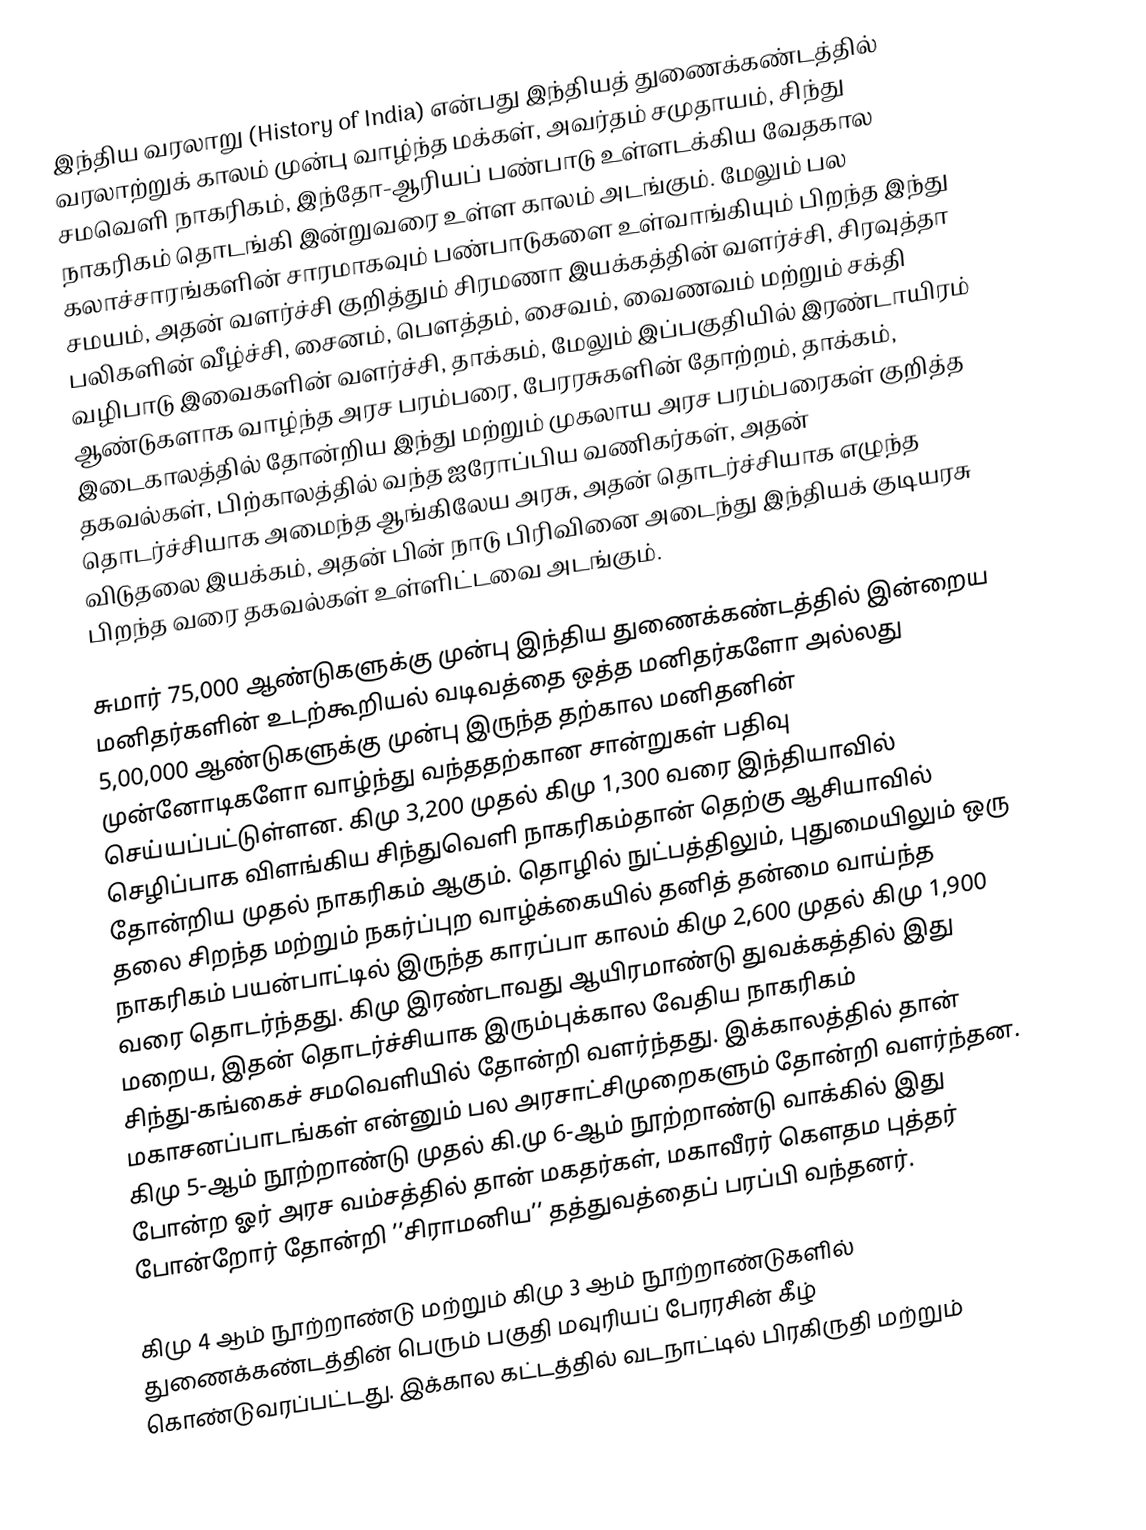
இந்திய வரலாறு (History of India) என்பது இந்தியத் துணைக்கண்டத்தில் வரலாற்றுக் காலம் முன்பு வாழ்ந்த மக்கள், அவர்தம் சமுதாயம், சிந்து சமவெளி நாகரிகம், இந்தோ-ஆரியப் பண்பாடு உள்ளடக்கிய வேதகால நாகரிகம் தொடங்கி இன்றுவரை உள்ள காலம் அடங்கும். மேலும் பல கலாச்சாரங்களின் சாரமாகவும் பண்பாடுகளை உள்வாங்கியும் பிறந்த இந்து சமயம், அதன் வளர்ச்சி குறித்தும் சிரமணா இயக்கத்தின் வளர்ச்சி, சிரவுத்தா பலிகளின் வீழ்ச்சி, சைனம், பௌத்தம், சைவம், வைணவம் மற்றும் சக்தி வழிபாடு இவைகளின் வளர்ச்சி, தாக்கம், மேலும் இப்பகுதியில் இரண்டாயிரம் ஆண்டுகளாக வாழ்ந்த அரச பரம்பரை, பேரரசுகளின் தோற்றம், தாக்கம், இடைகாலத்தில் தோன்றிய இந்து மற்றும் முகலாய அரச பரம்பரைகள் குறித்த தகவல்கள், பிற்காலத்தில் வந்த ஐரோப்பிய வணிகர்கள், அதன் தொடர்ச்சியாக அமைந்த ஆங்கிலேய அரசு, அதன் தொடர்ச்சியாக எழுந்த விடுதலை இயக்கம், அதன் பின் நாடு பிரிவினை அடைந்து இந்தியக் குடியரசு பிறந்த வரை தகவல்கள் உள்ளிட்டவை அடங்கும்.

சுமார் 75,000 ஆண்டுகளுக்கு முன்பு இந்திய துணைக்கண்டத்தில் இன்றைய மனிதர்களின் உடற்கூறியல் வடிவத்தை ஒத்த மனிதர்களோ அல்லது 5,00,000 ஆண்டுகளுக்கு முன்பு இருந்த தற்கால மனிதனின் முன்னோடிகளோ வாழ்ந்து  வந்ததற்கான சான்றுகள் பதிவு செய்யப்பட்டுள்ளன. கிமு 3,200 முதல் கிமு 1,300 வரை இந்தியாவில் செழிப்பாக விளங்கிய சிந்துவெளி நாகரிகம்தான் தெற்கு ஆசியாவில்  தோன்றிய முதல் நாகரிகம் ஆகும். தொழில் நுட்பத்திலும், புதுமையிலும் ஒரு தலை சிறந்த மற்றும் நகர்ப்புற வாழ்க்கையில் தனித் தன்மை வாய்ந்த நாகரிகம் பயன்பாட்டில் இருந்த காரப்பா காலம் கிமு 2,600 முதல் கிமு 1,900 வரை தொடர்ந்தது. கிமு இரண்டாவது ஆயிரமாண்டு துவக்கத்தில் இது மறைய, இதன் தொடர்ச்சியாக இரும்புக்கால வேதிய நாகரிகம் சிந்து-கங்கைச் சமவெளியில் தோன்றி வளர்ந்தது. இக்காலத்தில் தான் மகாசனப்பாடங்கள் என்னும் பல அரசாட்சிமுறைகளும் தோன்றி வளர்ந்தன. கிமு 5-ஆம் நூற்றாண்டு முதல் கி.மு 6-ஆம் நூற்றாண்டு வாக்கில் இது போன்ற ஓர் அரச வம்சத்தில் தான் மகதர்கள், மகாவீரர் கௌதம புத்தர் போன்றோர் தோன்றி ’’சிராமனிய’’ தத்துவத்தைப் பரப்பி வந்தனர்.

கிமு 4 ஆம் நூற்றாண்டு மற்றும் கிமு 3 ஆம் நூற்றாண்டுகளில் துணைக்கண்டத்தின் பெரும் பகுதி மவுரியப் பேரரசின் கீழ் கொண்டுவரப்பட்டது. இக்கால கட்டத்தில் வடநாட்டில் பிரகிருதி மற்றும்